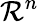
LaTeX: {\mathcal{R}}^{n}